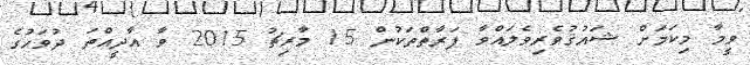
ވީމާ މިކަމަށް ޝައުޤުވެރިވެލައްވާ ފަރާތްތަކުން 15 މާރިޗު 2015 ވާ އާދީއްތަ ދުވަހުގެ